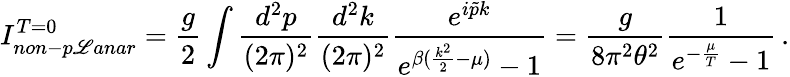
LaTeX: I_{non-p\mathscr{L}anar}^{T=0}=\frac{{g}}{{2}}\int\frac{{d^{2}p}}{{(2\pi)^{2}}}\frac{{d^{2}k}}{{(2\pi)^{2}}}\frac{{e^{i\tilde{{p}}k}}}{{e^{\beta(\frac{{k^{2}}}{{2}}-\mu)}-1}}=\frac{{g}}{{8\pi^{2}\theta^{2}}}\frac{{1}}{{e^{-\frac{{\mu}}{{T}}}-1}}\, .